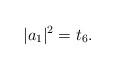
LaTeX: \begin{align*}|a_{1}|^{2} = t_{6}.\end{align*}